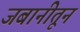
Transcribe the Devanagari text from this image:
जबानीतून